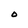
Character: O